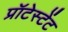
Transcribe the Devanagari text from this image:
प्रॉटेस्टेंट